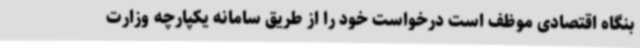
بنگاه اقتصادی موظف است درخواست خود را از طریق سامانه یکپارچه وزارت